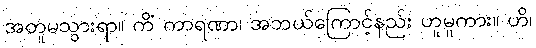
အတူမသွားရာ။ ကိံ ကာရဏာ၊ အဘယ်ကြောင့်နည်း ဟူမူကား။ ဟိ၊